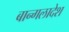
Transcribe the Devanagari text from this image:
बान्गलादेश